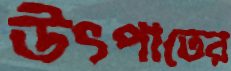
উৎপাতের